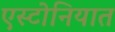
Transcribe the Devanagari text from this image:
एस्टोनियात